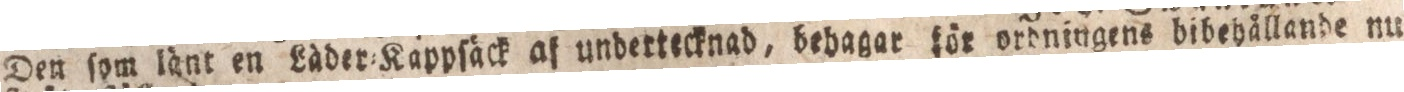
Den ſom länt en Läder=Kappſäck af undertecknad, bebagar för ordningens bibehällande nu